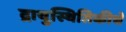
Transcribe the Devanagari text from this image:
द्रायुस्थितिकीचे